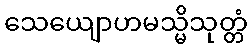
သေယျောဟမသ္မိသုတ္တံ